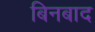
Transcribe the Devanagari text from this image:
बिनबाद